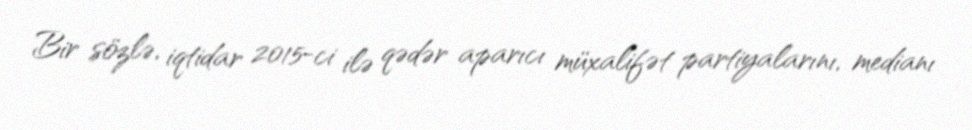
Bir sözlə, iqtidar 2015-ci ilə qədər aparıcı müxalifət partiyalarını, medianı